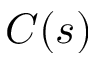
C ( s )